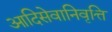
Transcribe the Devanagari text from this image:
आदिसेवानिवृत्ति